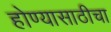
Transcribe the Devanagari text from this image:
होण्यासाठीचा